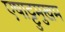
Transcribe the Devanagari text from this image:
एषाट्टुमुखम